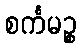
စင်္ကမဉ္စ